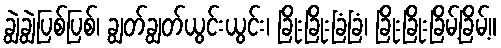
ချွဲချွဲပြစ်ပြစ်၊ ချွတ်ချွတ်ယွင်းယွင်း၊ ခြိုးခြိုးခြံခြံ၊ ခြိုးခြိုးခြိမ့်ခြိမ့်။